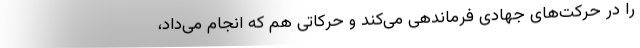
را در حرکت‌های جهادی فرماندهی می‌کند و حرکاتی هم که انجام می‌داد،